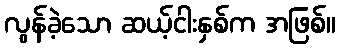
လွန်ခဲ့သော ဆယ့်ငါးနှစ်က အဖြစ်။